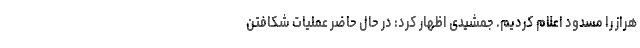
هراز را مسدود اعلام کردیم. جمشیدی اظهار کرد: در حال حاضر عملیات شکافتن